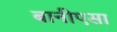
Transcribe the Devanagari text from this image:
बानीएसा